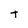
Character: t